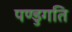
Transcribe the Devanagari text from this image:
पण्डुगति